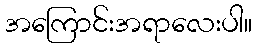
အကြောင်းအရာလေးပါ။